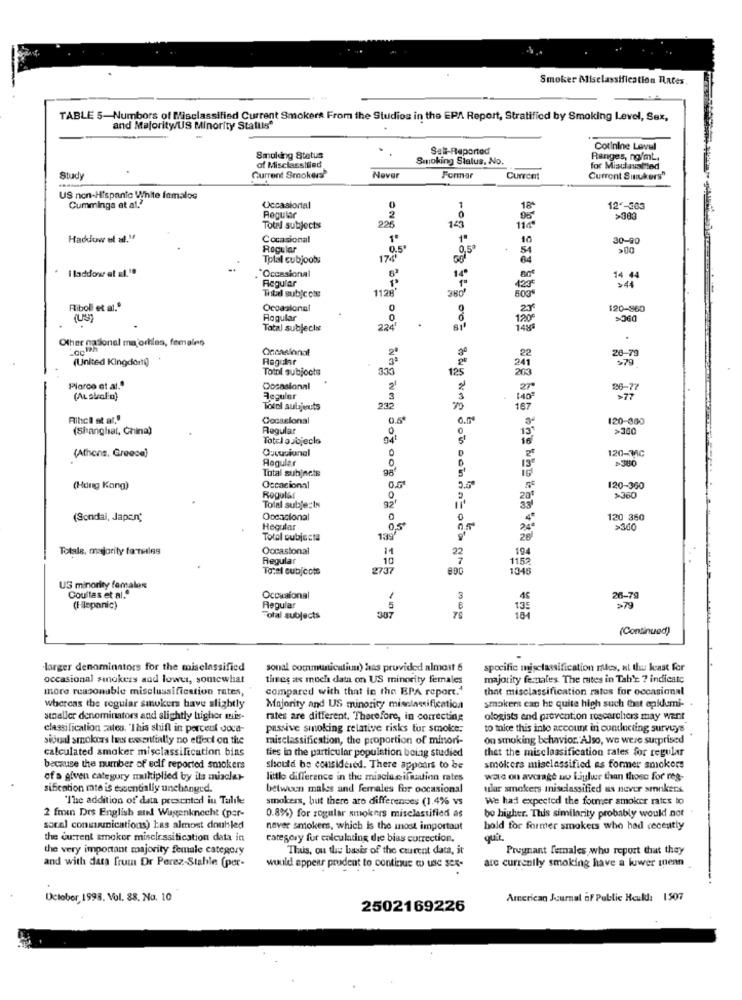
Smoker Misclassification Rates
TABLE 5-Numbors of Misclassified Current Smokers From the Studios in the EPA Report, Stratified by Smoking Level, Sex,
and MajorityUS Minority Stattis"
Sall-Reported
Cotinine Level
Smoking Status
Smoking Stalus, No.
Ranges, ng/ml.
of Misclassified
for Misclassified
Study
Current Smokers'
Never
Formar
Current
Current Smukers"
US non-Hispante White femalos
Cummings et al."
Occasional
0
12ª-363
Regular
226
>38.
Totri subjects
143
11g
Haddow of al."
Cocasional
10
30-90
Regular
9,50
51
Total cubjoobs
174'
I laddow et al."
."Occasional
Regular
14
14 44
Total subjcote
1128
380'
503
Riboll et al."
Occasional
0
120-860
Regular
>360
Total subjects
224
Other nasional ma orties, females
Lach
26-79
(United Kingdom))
Regular
22
Total subjects
335
125
241
Plarco et al."
Oocasional
21
27
86-77
(AL skalin)
Regular
140
Total subjects
235
Ribci at al."
Cocasional
0.5*
120-380
(Shanghai, China)
Regular
>340
Totel aJojeclo
Cucusional
120-3AC
(Athens, Greece)
Regular
≥380
Total subjects
98'
(Hong Kong)
Occasional
120-360
Regular
>360
Tolal subje:Is
92'
33
(Sondai, Japan,
Opescional
0
0
120 360
Hegular
0,5
>300
Total subjects
28
Totale, majority formales
Occasional
11
194
Regular
.10
22
1152
Total cub/cote
2737
1348
US minority famalos
Coullas et al."
Occasional
3
26-79
(Hispanic)
Regular
>79
Total subjects
307
76
(Continued)
larger denominators for the misclassified
sonal communication) has provided almost 6
specific misclassification rules, ul thu kast for
occasional sinokers and lower, somewhat
times as much data on US minority females
majority ferntales. The rates in Tah'e ? indicate
more reasonable misclussification rates,
compared with that in the BPA report.4
that misclassification rates for occasional
whereas the regular smokers have slightly
Majority and US minority misclassification
smoker can be quite high such that epidemi-
atnaller denominators and slightly higher mis-
rates are different. Therefore, in correcting
ologists and prevention researchers may want
classification cates. "This shift in porcent doca-
passive smoking relative risks tor smoke.
to take this into account in conducting surveys
sioual smokers tes essentially no effect on the
maisclassification, the proportion of minori-
on smoking behavior. Also, we were surprised
calculated smoker misclassification bins
fies in the particular population being studied
that the misclassification rates for regular
because the number of eclf reported smokers
should be considered. There appears to be
smokers misclassified as former smokers
of a given category multiplied by its miaclar-
little difference in the misclusifmutinn rates
was on average nu Liglue than those for reg-
sification imte is essentially unchanged.
between makes and females for occasional
ular smokers Inisclassified us never smokers.
"The addition of data presented in Talile
smokers, but there are differences (1.4% vs
We had expected the former smoker rates to
2 fmin Drs English and Wagenknecht (por-
0.8%) for regular smokers misclassified as
be higher. This similarity probably would not
socal communications) has almost douhled
never smokers, which is the most important
hold for former smokers who had recently
the current amokor miseirssification data in
category fur calculating die bias correction.
quit.
the very important majority female category
Thus, ou the basis of the curent data, it
Pregnant females who report that they
and with data frum Dr Perez-Stahle (per-
would appear prudent to continue w use sex-
are currently smoking have a lower tenn .
October, 1998. Vol. 88. No. 10
American Journal of Public Hould: 1507
2502169226